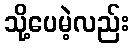
သို့ပေမဲ့လည်း